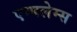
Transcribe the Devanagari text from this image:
एम्बलेम्स